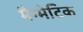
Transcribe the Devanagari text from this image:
मैग्मेटिक